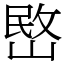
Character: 㟩